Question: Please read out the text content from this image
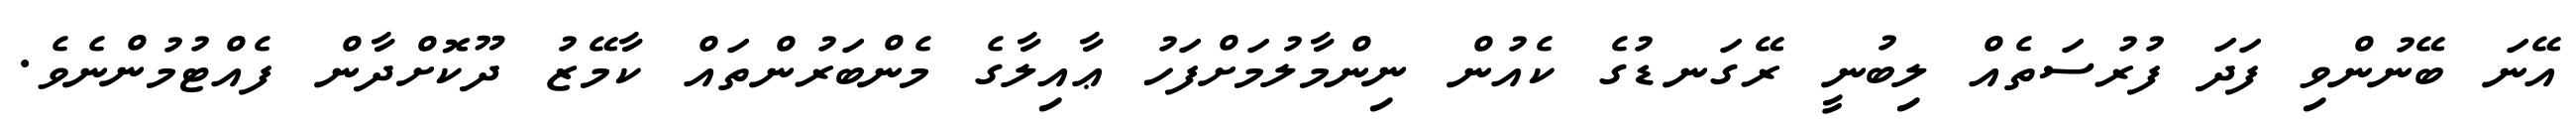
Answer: އޭނަ ބޭނުންވި ފަދަ ފުރުސަތެއް ލިބުނީ ރޭގަނޑުގެ ކެއުން ނިންމާލުމަށްފަހު ޢާއިލާގެ މެންބަރުންތައް ކާމޭޒު ދޫކޮށްދާން ފެއްޓުމުންނެވެ.